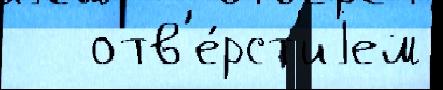
   отв'е́рст'иjем